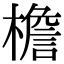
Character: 檐